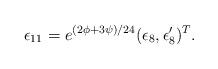
LaTeX: \begin{align*}\epsilon_{11} = e^{(2\phi+3\psi)/24} (\epsilon_8,\epsilon_8')^T.\end{align*}